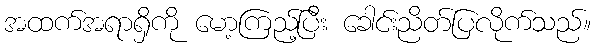
အထက်အရာရှိကို မော့ကြည့်ပြီး ခေါင်းညိတ်ပြလိုက်သည်။